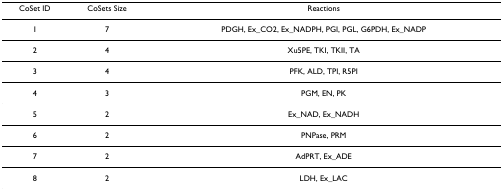
<table><thead><tr><td><b>CoSet ID</b></td><td><b>CoSets Size</b></td><td><b>Reactions</b></td></tr></thead><tbody><tr><td>1</td><td>7</td><td>PDGH, Ex_CO2, Ex_NADPH, PGI, PGL, G6PDH, Ex_NADP</td></tr><tr><td>2</td><td>4</td><td>Xu5PE, TKI, TKII, TA</td></tr><tr><td>3</td><td>4</td><td>PFK, ALD, TPI, R5PI</td></tr><tr><td>4</td><td>3</td><td>PGM, EN, PK</td></tr><tr><td>5</td><td>2</td><td>Ex_NAD, Ex_NADH</td></tr><tr><td>6</td><td>2</td><td>PNPase, PRM</td></tr><tr><td>7</td><td>2</td><td>AdPRT, Ex_ADE</td></tr><tr><td>8</td><td>2</td><td>LDH, Ex_LAC</td></tr></tbody></table>